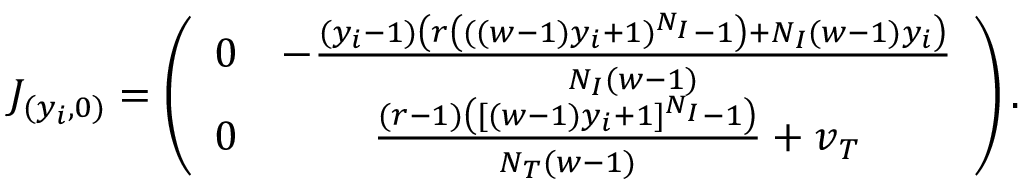
J _ { ( y _ { i } , 0 ) } = \left( \begin{array} { c c } { 0 } & { - \frac { ( y _ { i } - 1 ) \left( r \left( ( ( w - 1 ) y _ { i } + 1 ) ^ { N _ { I } } - 1 \right) + N _ { I } ( w - 1 ) y _ { i } \right) } { N _ { I } ( w - 1 ) } } \\ { 0 } & { \frac { ( r - 1 ) \left( [ ( w - 1 ) y _ { i } + 1 ] ^ { N _ { I } } - 1 \right) } { N _ { T } ( w - 1 ) } + v _ { T } } \end{array} \right) .